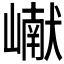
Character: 𪩘